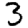
Digit: 3